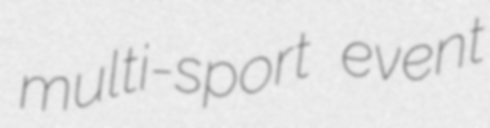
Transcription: multi-sport event